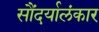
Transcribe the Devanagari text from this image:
सौंदर्यालंकार